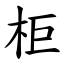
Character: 柜